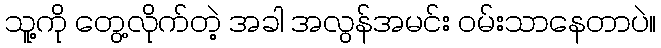
သူ့ကို တွေ့လိုက်တဲ့ အခါ အလွန်အမင်း ဝမ်းသာနေတာပဲ။